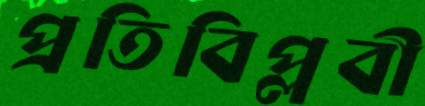
প্রতিবিপ্লবী